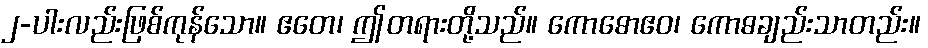
၂-ပါးလည်းဖြစ်ကုန်သော။ ဧတေ၊ ဤတရားတို့သည်။ ကောဓောဧဝ၊ ကောဓချည်းသာတည်း။